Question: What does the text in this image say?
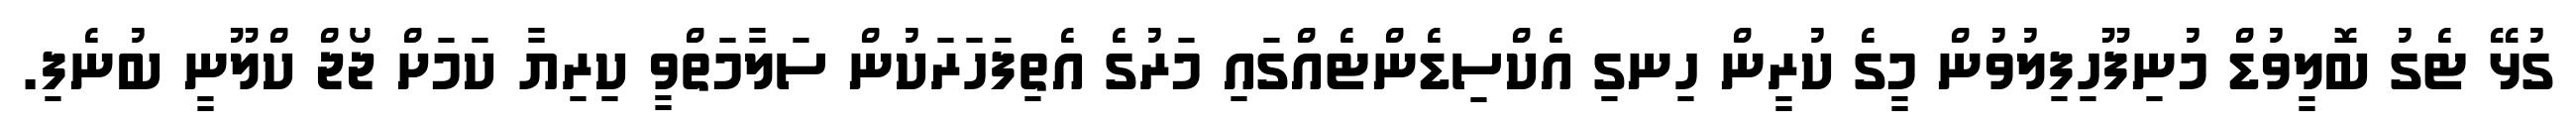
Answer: ގުޅޭ ޓެގު ބޮލީވުޑް މުނިފޫހިފިލުވުން މީގެ ކުރީން ހިނގި އެކްސިޑެންޓެއްގައި މަރުގެ އެތިފަހަރަކުން ސަލާމަތްވީ ކިރިޔާ ކަމަށް ޖޯޖް ކްލޫނީ ބުނެފި.